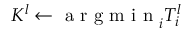
K ^ { l } \gets \mathrm { ~ a ~ r ~ g ~ m ~ i ~ n ~ } _ { i } T _ { i } ^ { l }